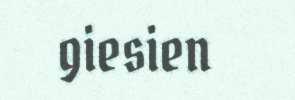
giesien